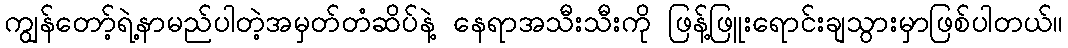
ကျွန်တော့်ရဲ့နာမည်ပါတဲ့အမှတ်တံဆိပ်နဲ့ နေရာအသီးသီးကို ဖြန့်ဖြူးရောင်းချသွားမှာဖြစ်ပါတယ်။